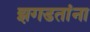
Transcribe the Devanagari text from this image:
झगडतांना